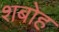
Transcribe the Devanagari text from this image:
शबोह